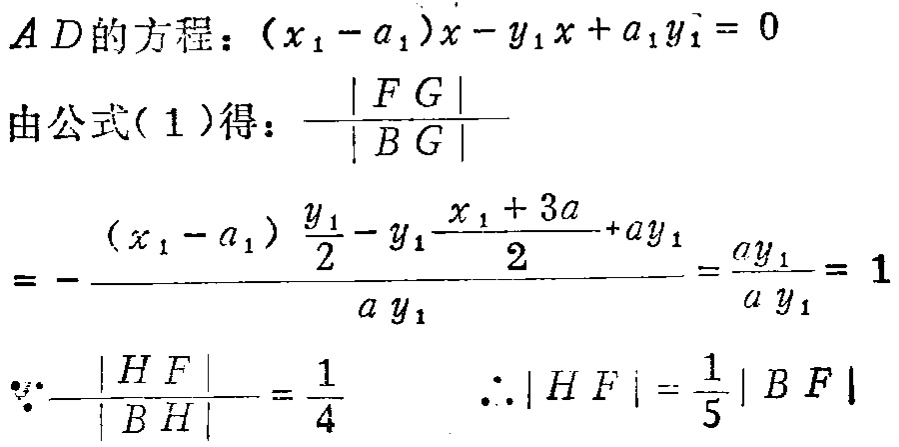
\(AD\)的方程：\((x_1 - a_1)x - y_1x + a_1y_1 = 0\)
由公式\((1)\)得：\(\frac{|FG|}{|BG|}\)
\(= -\frac{(x_1 - a_1)\frac{y_1}{2} - y_1\frac{x_1 + 3a}{2} + ay_1}{ay_1} = \frac{ay_1}{ay_1} = 1\)
\(\because\frac{|HF|}{|BH|} = \frac{1}{4}\) \(\therefore|HF| = \frac{1}{5}|BF|\)